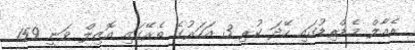
ރެއާލް މެޑްރިޑުގައި ހޭދަ ކުރި 3 އަހަރުގެ ތެރޭގައި އޮޒިލް ވަނީ 159